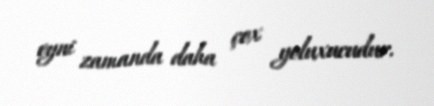
eyni zamanda daha çox yoluxucudur.